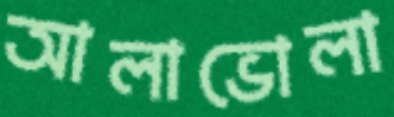
আলাভোলা